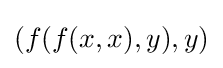
(f(f(x,x),y),y)